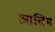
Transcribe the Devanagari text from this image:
आचिम